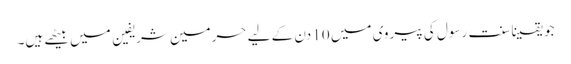
جو یقینا سنت رسول کی پیروی میں 10 دن کے لیے حرمین شریفین میں بیٹھے ہیں۔